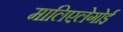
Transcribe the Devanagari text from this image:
मालिएलेगोई